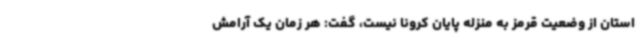
استان از وضعیت قرمز به منزله پایان کرونا نیست، گفت: هر زمان یک آرامش‌